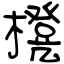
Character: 櫈